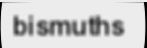
bismuths